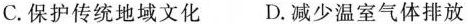
C.保护传统地域文化 D.减少温室气体排放